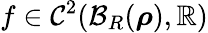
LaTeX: f\in\mathcal{C}^{2}(\mathcal{B}_{R}({\boldsymbol\rho}),\mathbb{R})